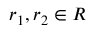
r _ { 1 } , r _ { 2 } \in R